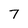
Character: 7